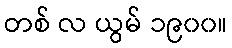
တစ် လ ယွမ် ၁၉၀၀။